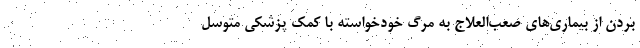
بردن از بیماری‌های صعب‌العلاج به مرگ خودخواسته با کمک پزشکی متوسل